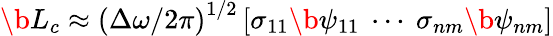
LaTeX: \b{L_{c}}\approx\left(\Delta\omega/2\pi\right)^{1/2}\left[\sigma_{11}\b{\psi}_{11}\ \cdots\ \sigma_{nm}\b{\psi}_{nm}\right]